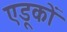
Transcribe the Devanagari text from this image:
एडूकों